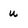
Character: u